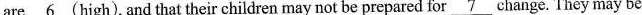
are \underline{6} (high), and that their children may not be prepared for \underline{7} change. They may be